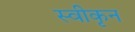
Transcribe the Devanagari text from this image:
स्वीकृन